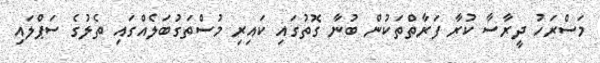
މަސްރަހު ދީރާސާ ކުރާ ފަރާތްތަކުން ބުނާ ގޮތުގައި ކައިރި މުސްތަގުބަލެއްގައި ތެލުގެ ސަޕްލައި